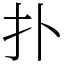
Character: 扑